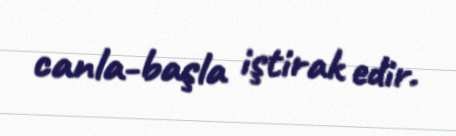
canla-başla iştirak edir.